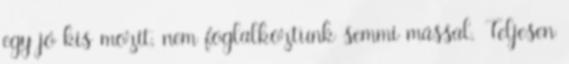
egy jó kis mozit, nem foglalkoztunk semmi mással. Teljesen